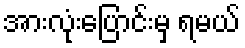
အားလုံးပြောင်းမှ ရမယ်